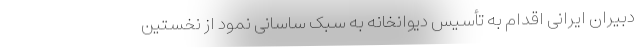
دبیران ایرانی اقدام به تأسیس دیوانخانه به سبک ساسانی نمود از نخستین